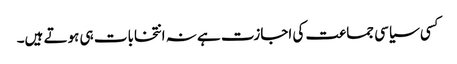
کسی سیاسی جماعت کی اجازت ہے نہ انتخابات ہی ہوتے ہیں۔